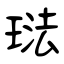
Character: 琺